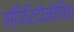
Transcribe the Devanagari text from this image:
स्पिरिदोनोविच